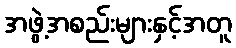
အဖွဲ့အစည်းများနှင့်အတူ